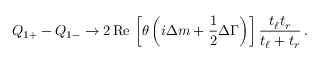
Q _ { 1 + } - Q _ { 1 - } \to 2 \, \mathrm { R e } \, \left[ \theta \left( i \Delta m + \frac { 1 } { 2 } \Delta \Gamma \right) \right] \frac { t _ { \ell } t _ { r } } { t _ { \ell } + t _ { r } } \, .